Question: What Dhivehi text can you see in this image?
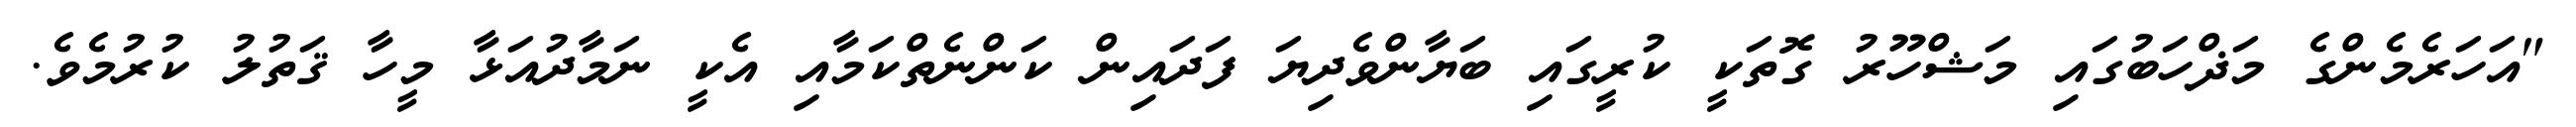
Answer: "އަހަރެމެންގެ މަޛްހަބުގައި މަޝްހޫރު ގޮތަކީ ކުރީގައި ބަޔާންވެދިޔަ ފަދައިން ކަންނެތްކަމާއި އެކީ ނަމާދުއަޅާ މީހާ ޤަތުލު ކުރުމެވެ.